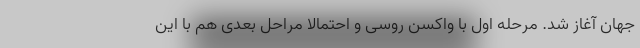
جهان آغاز شد. مرحله اول با واکسن روسی و احتمالا مراحل بعدی هم با این